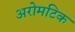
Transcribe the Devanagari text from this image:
अरोमटिक